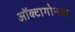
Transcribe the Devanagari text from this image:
ऑक्टागोनल